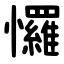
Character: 㦬